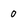
Character: 0